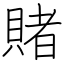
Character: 賭